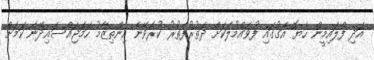
އަދި ފްލައިމީން ހެޔޮ އަގުގައި ފުވައްމުލަކަށް ދަތުރުފަތުރު ކުރެވޭނެ އިންތިޒާމު ހަމަޖައްސައިދޭނެ ކަމަށް